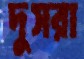
দুসরা